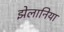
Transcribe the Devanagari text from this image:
झेलानिया